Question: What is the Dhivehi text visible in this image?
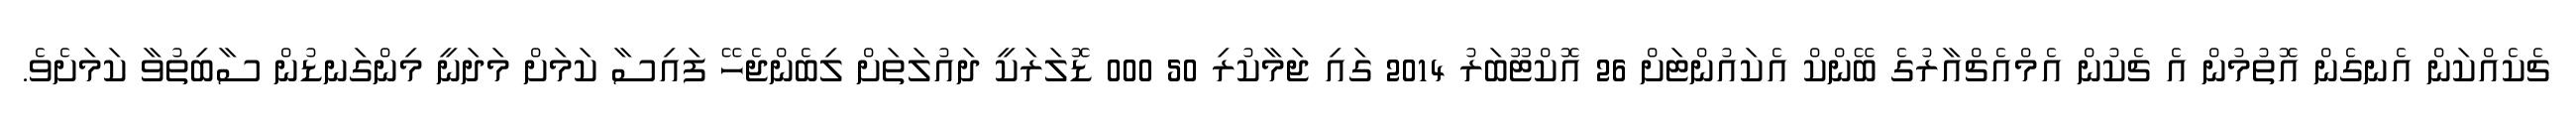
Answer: ޗެކެއްކަން އެނގެން އޮތުމުން އެ ޗެކުން އެމްއެޗްއާރުގެ ބޭންކް އެކައުންޓަށް 26 އޮކްޓޫބަރު 2014 ގައި ޖަމާކުރި 50 000 ޑޮލަރަކީ ދައުލަތަށް ލިބެންޖެހޭ ފައިސާ ކަމަށް މަދަނީ މިންގަނޑުން ސާބިތުވާ ކަމަށެވެ.